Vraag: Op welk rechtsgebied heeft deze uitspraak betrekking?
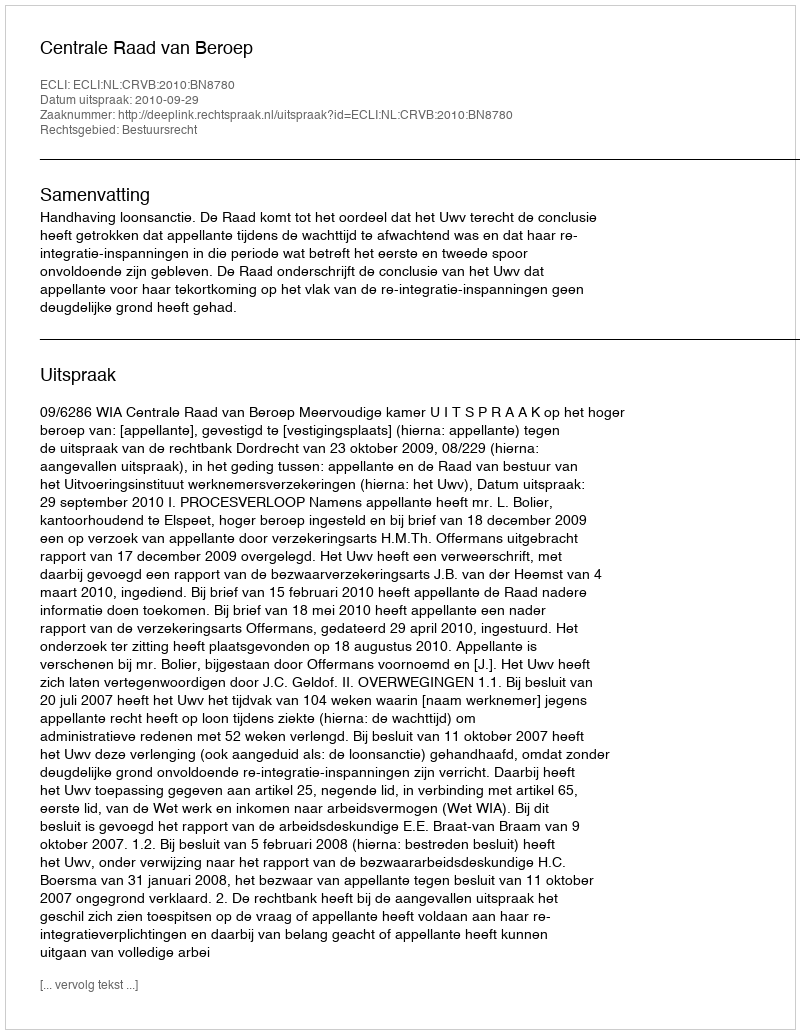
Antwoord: Bestuursrecht